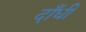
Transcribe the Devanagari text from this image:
दाँधी